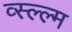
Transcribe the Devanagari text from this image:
व्स्ल्ल्म